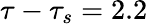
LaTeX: \tau-\tau_{s}=2.2